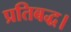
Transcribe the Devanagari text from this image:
प्रतिबद्ध।